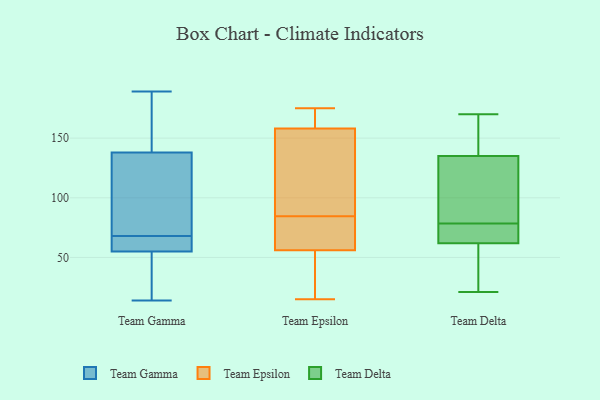
{"axis": {"x": "Revenue (USD Million)", "y": "Value"}, "legend": ["Team Delta", "Team Epsilon", "Team Gamma"], "data": [{"x": "", "y": 28, "type": "Team Gamma"}, {"x": "", "y": 68, "type": "Team Gamma"}, {"x": "", "y": 66, "type": "Team Gamma"}, {"x": "", "y": 59, "type": "Team Gamma"}, {"x": "", "y": 93, "type": "Team Gamma"}, {"x": "", "y": 134, "type": "Team Gamma"}, {"x": "", "y": 189, "type": "Team Gamma"}, {"x": "", "y": 150, "type": "Team Gamma"}, {"x": "", "y": 123, "type": "Team Gamma"}, {"x": "", "y": 43, "type": "Team Gamma"}, {"x": "", "y": 14, "type": "Team Gamma"}, {"x": "", "y": 185, "type": "Team Gamma"}, {"x": "", "y": 60, "type": "Team Gamma"}, {"x": "", "y": 162, "type": "Team Epsilon"}, {"x": "", "y": 175, "type": "Team Epsilon"}, {"x": "", "y": 72, "type": "Team Epsilon"}, {"x": "", "y": 56, "type": "Team Epsilon"}, {"x": "", "y": 75, "type": "Team Epsilon"}, {"x": "", "y": 94, "type": "Team Epsilon"}, {"x": "", "y": 109, "type": "Team Epsilon"}, {"x": "", "y": 71, "type": "Team Epsilon"}, {"x": "", "y": 158, "type": "Team Epsilon"}, {"x": "", "y": 65, "type": "Team Epsilon"}, {"x": "", "y": 173, "type": "Team Epsilon"}, {"x": "", "y": 118, "type": "Team Epsilon"}, {"x": "", "y": 42, "type": "Team Epsilon"}, {"x": "", "y": 19, "type": "Team Epsilon"}, {"x": "", "y": 15, "type": "Team Epsilon"}, {"x": "", "y": 123, "type": "Team Epsilon"}, {"x": "", "y": 170, "type": "Team Epsilon"}, {"x": "", "y": 48, "type": "Team Epsilon"}, {"x": "", "y": 23, "type": "Team Delta"}, {"x": "", "y": 169, "type": "Team Delta"}, {"x": "", "y": 57, "type": "Team Delta"}, {"x": "", "y": 125, "type": "Team Delta"}, {"x": "", "y": 170, "type": "Team Delta"}, {"x": "", "y": 135, "type": "Team Delta"}, {"x": "", "y": 82, "type": "Team Delta"}, {"x": "", "y": 154, "type": "Team Delta"}, {"x": "", "y": 73, "type": "Team Delta"}, {"x": "", "y": 71, "type": "Team Delta"}, {"x": "", "y": 61, "type": "Team Delta"}, {"x": "", "y": 21, "type": "Team Delta"}, {"x": "", "y": 74, "type": "Team Delta"}, {"x": "", "y": 80, "type": "Team Delta"}, {"x": "", "y": 62, "type": "Team Delta"}, {"x": "", "y": 77, "type": "Team Delta"}, {"x": "", "y": 91, "type": "Team Delta"}, {"x": "", "y": 139, "type": "Team Delta"}]}